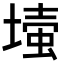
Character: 𡐉